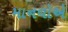
માનવોએ